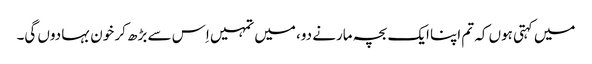
میں کہتی ہوں کہ تم اپنا ایک بچہ مارنے دو، میں تمہیں اِس سے بڑھ کر خون بہا دوں گی۔